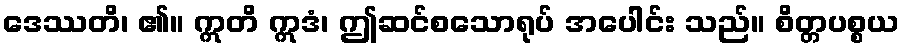
ဒေဿတိ၊ ၏။ ဣတိ ဣဒံ၊ ဤဆင်စသောရုပ် အပေါင်း သည်။ စိတ္တပစ္စယ